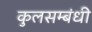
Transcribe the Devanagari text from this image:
कुलसम्बंधी